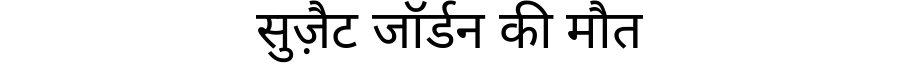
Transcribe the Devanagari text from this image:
सुज़ैट जॉर्डन की मौत